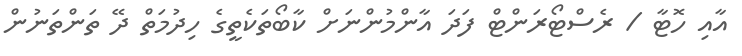
އާއި ހޮޓާ / ރެސްޓޯރަންޓް ފަދަ އާންމުންނަށް ކާބޯތަކެތީގެ ހިދުމަތް ދޭ ތަންތަނުން